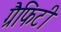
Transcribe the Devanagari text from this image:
ग्रैफिटी